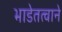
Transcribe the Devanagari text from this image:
भाडेतत्वाने